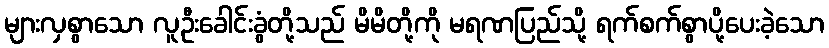
များလှစွာသော လူဦးခေါင်းခွံတို့သည် မိမိတို့ကို မရဏပြည်သို့ ရက်စက်စွာပို့ပေးခဲ့သော